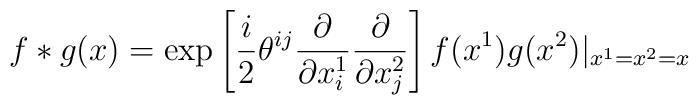
f*g(x) = \exp\left[ \frac{i}{2}\theta^{ij}\frac{\partial}{\partial x^1_i}\frac{\partial}{\partial x^2_j}\right]f(x^1)g(x^2)|_{x^1=x^2=x}